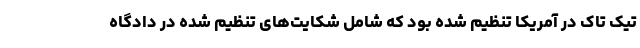
تیک تاک در آمریکا تنظیم شده بود که شامل شکایت‌های تنظیم شده در دادگاه